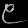
Digit: ၉